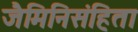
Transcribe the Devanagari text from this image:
जैमिनिसंहिता